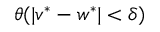
\theta ( | v ^ { * } - w ^ { * } | < \delta )